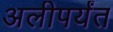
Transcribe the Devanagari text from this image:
अलीपर्यंत